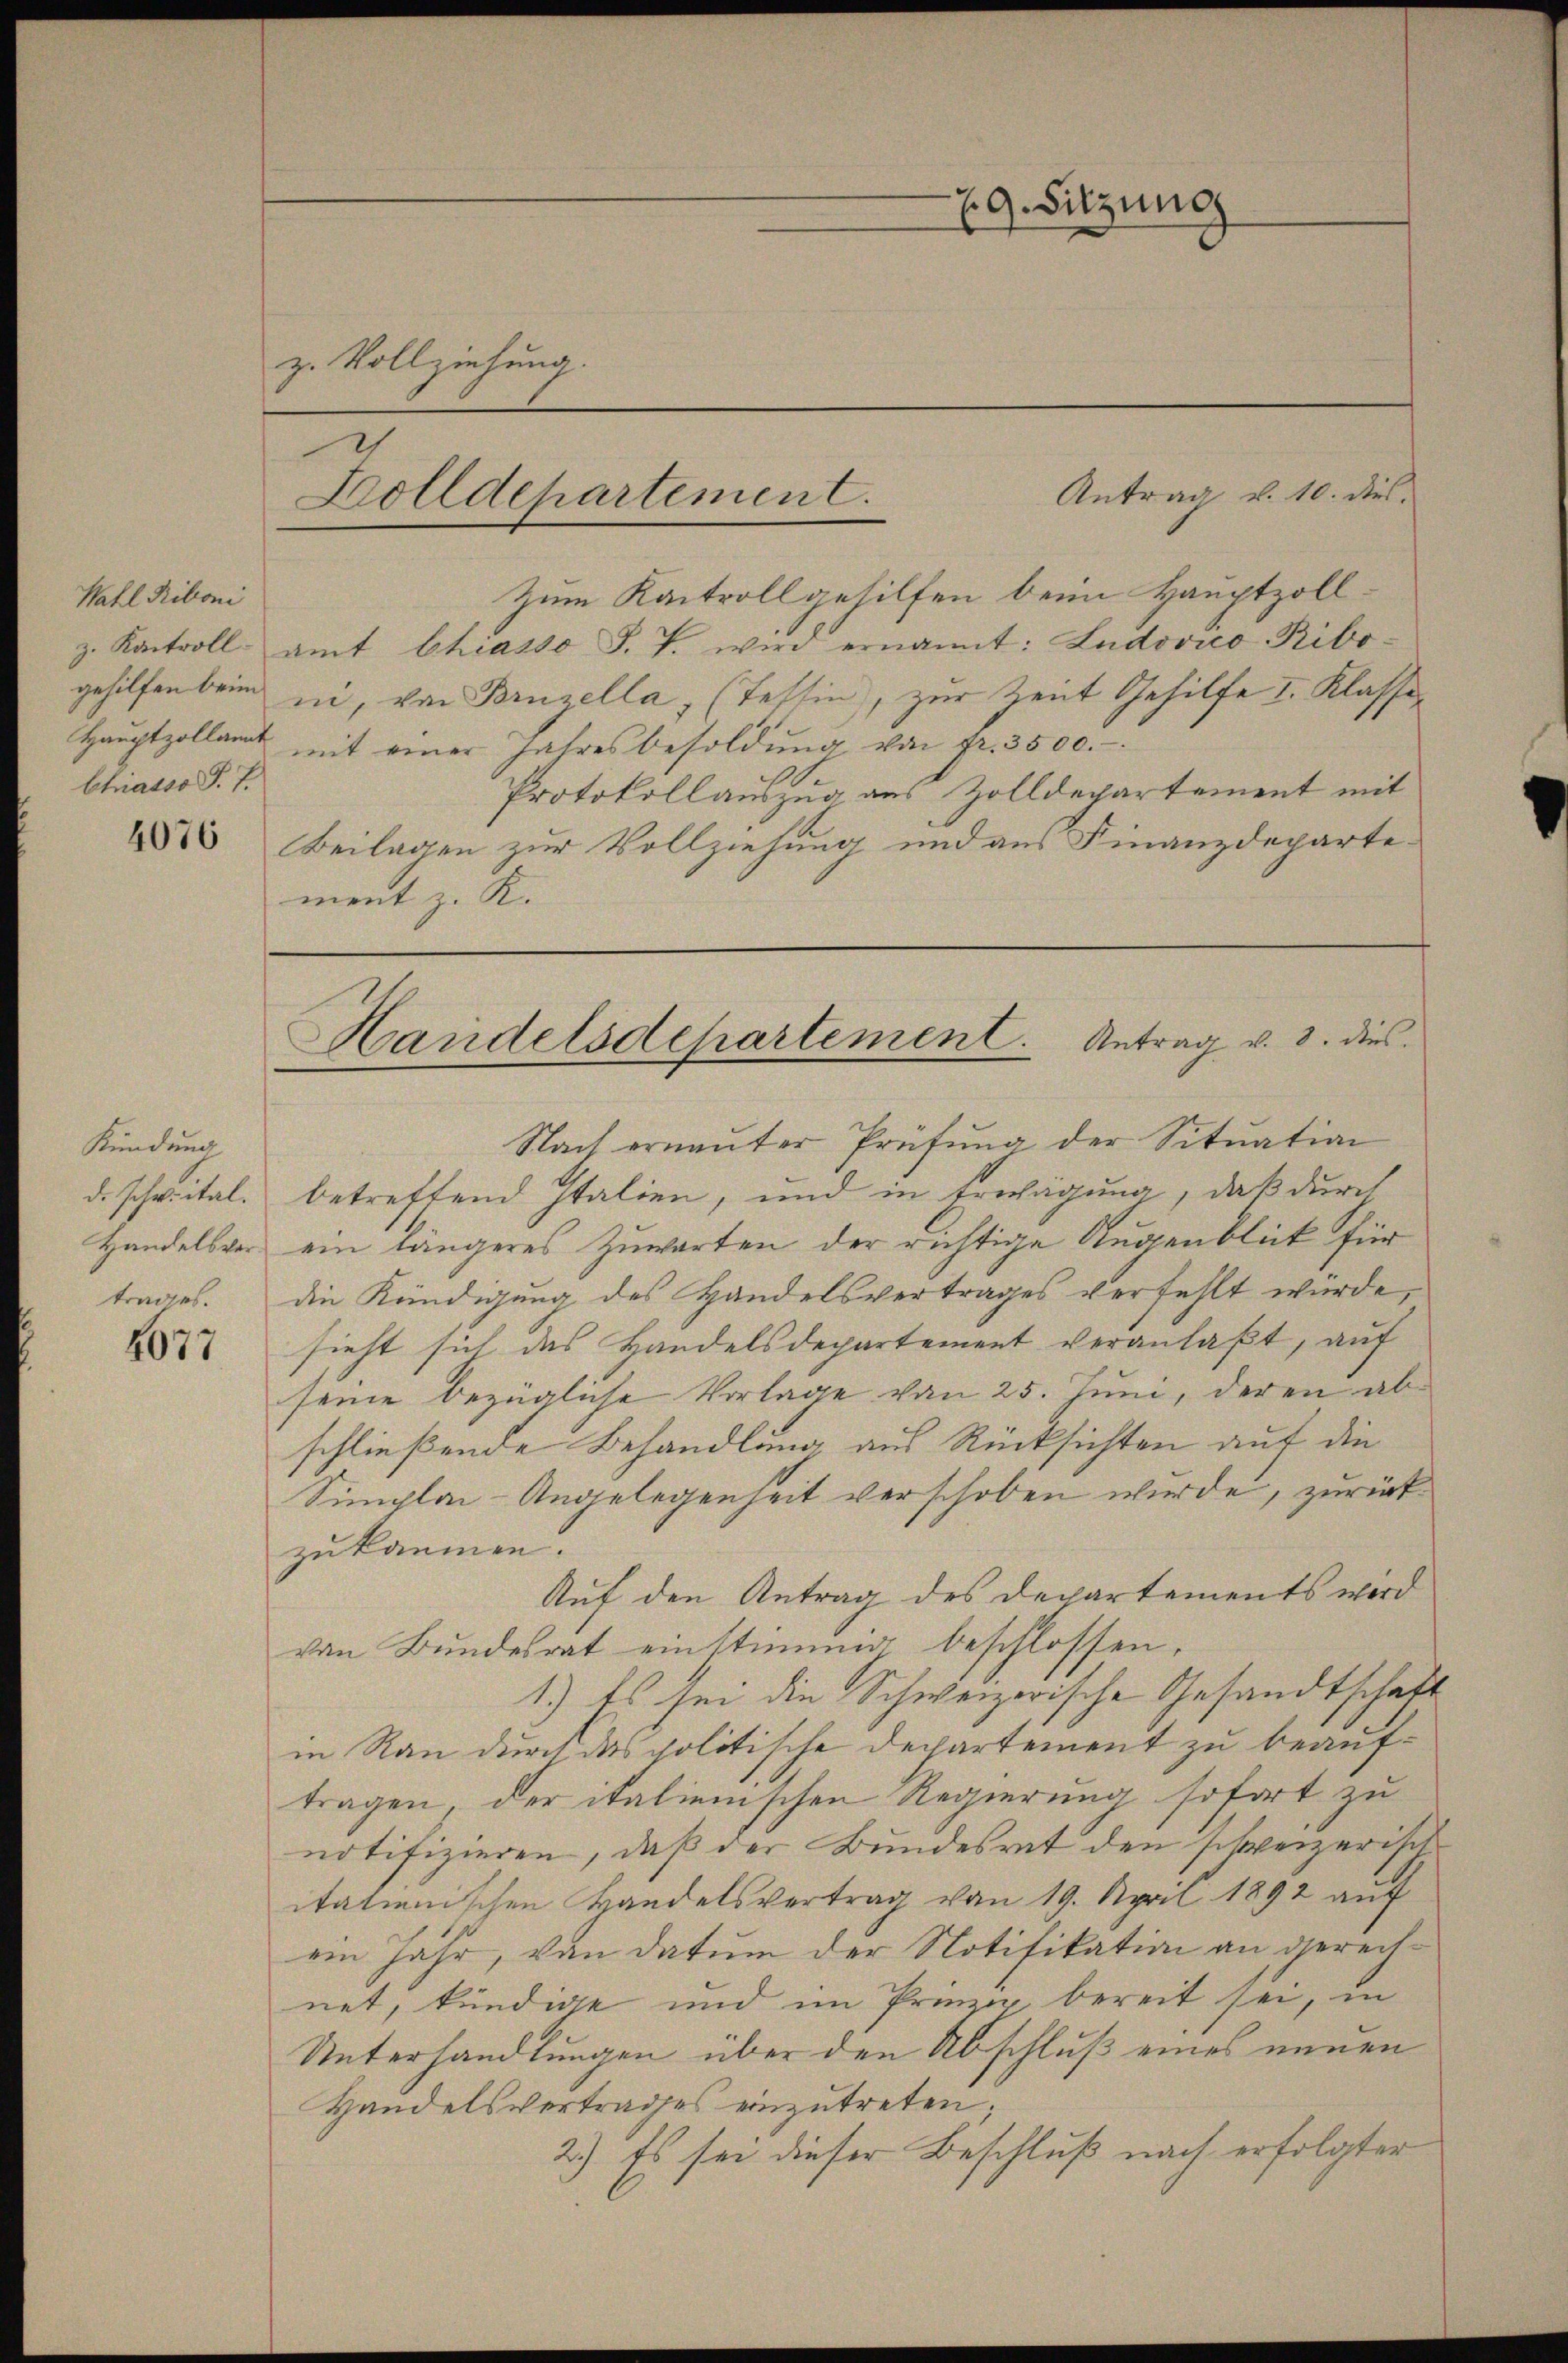
Wahl Riboni
gehilfen beim
Hauptzollant
Chiasso P. J.

4076

Kündung.
d. schreital.
Handelsver¬

4677

29. Sitzung
z. Vollziehung.

z. Kontrollamt Chiasso F. P. wird ernannt: Ludovico Riboii, von Binzella, (Tessin, zur Zeit Gehilfe I. Klasse
mit einer Jahresbesoldŭng von fr. 3500.
Protokollauszug aus Zolldepartement mit
Beilagen zur Vollziehung und aus Finanzdepartement z. K.

Bolldepartement.
Zum Kantroll gehilfen beim Hauptzoll¬

Antrag v. 10. dies

Handelsdepartement. Antrag v. 8. dies

Nach ernaṅter Prüfŭng der Sitŭation
betreffend Italien, und in Erwägung, daß durch
ein längeres Zuwarten der richtige Augenblick für
trages. Die Kündigung des Handelsvertrages verfehlt würde,
sieht sich das Handelsdepartement veranlaßt, auf
seine bezügliche Vorlage von 25. Juni, deren abschließende Behandlung aus Rücksichten auf die
Simplar-Angelegenheit verschoben wurde, zurückzukommen.
Auf den Antrag des Departaments wird
von Bundesrat einstimmig beschlossen.
1.) Es sei die Schweizerische Gesandtschaft
in Rau durch das politische Departement zu beauftragen, der italienischen Regierung sofort zu
notifizieren, daß der Bundesrat den schweizerisch
italienischen Handelsvertrag von 19. April 1892 auf
ein Jahr, von datum der Notifikation an gerechnet, kündige und im Prinzip bereit sei, in
Unterhandlungen über den Abschluß eines neuen
Handelsvertrages einzutreten
2.) Es sei dieser Beschluß nach erfolgter